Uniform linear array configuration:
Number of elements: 16
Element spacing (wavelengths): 0.5
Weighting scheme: hamming
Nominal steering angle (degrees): -30
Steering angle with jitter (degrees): -31.597
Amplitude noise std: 0.05
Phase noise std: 0.05

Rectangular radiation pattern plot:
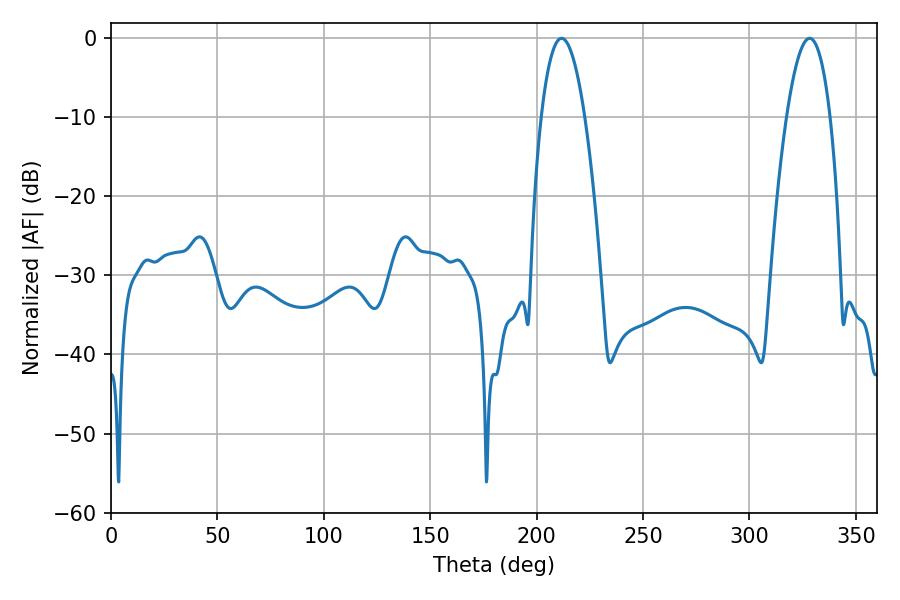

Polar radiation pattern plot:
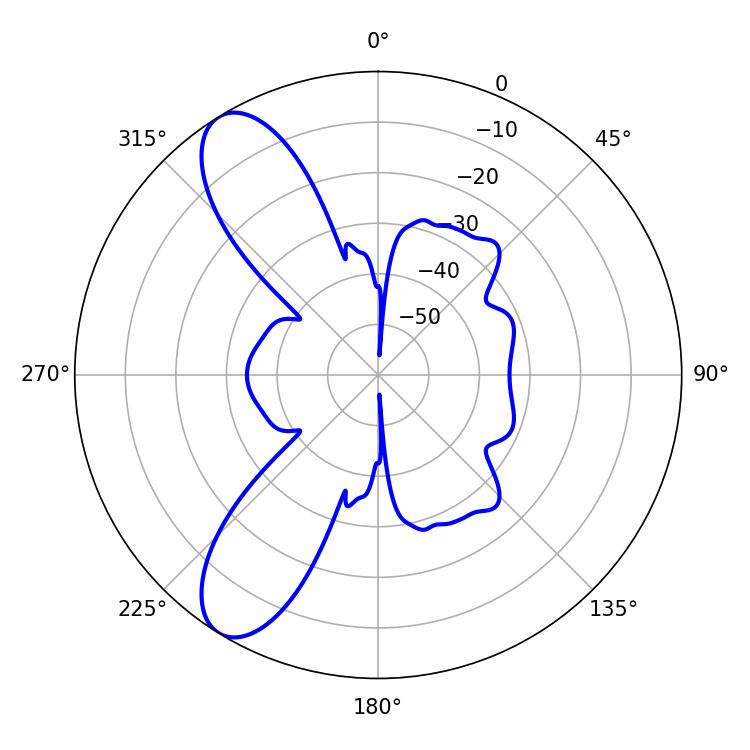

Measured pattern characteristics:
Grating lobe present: FALSE
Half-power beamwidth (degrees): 11.34
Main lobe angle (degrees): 211.68